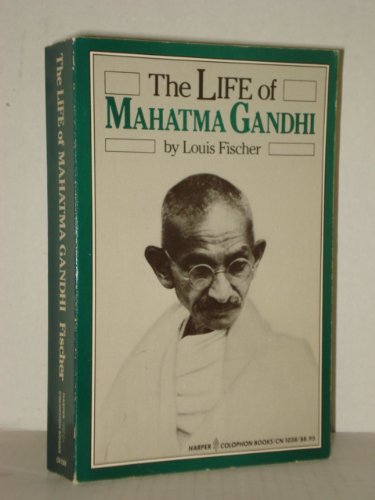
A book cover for The Life of Mahatma Gandhi (Harper colophon books); Louis Fischer; Religion & Spirituality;